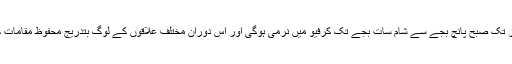
شمالی وزیرستان میں تین روز تک صبح پانچ بجے سے شام سات بجے تک کرفیو میں نرمی ہوگی اور اس دوران مختلف علاقوں کے لوگ بتدریج محفوظ مقامات کی طرف منتقل ہو سکیں گے۔